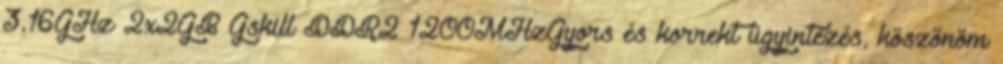
3.16GHz 2x2GB Gskill DDR2 1200MHzGyors és korrekt ügyintézés, köszönöm